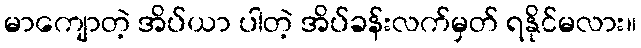
မာကျောတဲ့ အိပ်ယာ ပါတဲ့ အိပ်ခန်းလက်မှတ် ရနိုင်မလား။